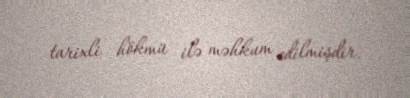
tarixli hökmü ilə məhkum edilmişdir.